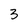
Character: 3